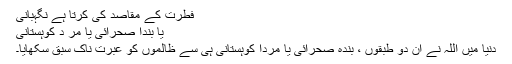
فطرت کے مقاصد کی کرتا ہے نگہبانی
یا بندا صحرائی یا مر د کوہستانی
دنیا میں اللہ نے ان دو طبقوں ، بندہ صحرائی یا مردا کوہستانی ہی سے ظالموں کو عبرت ناک سبق سکھایا۔